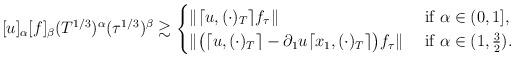
LaTeX: \begin{align*}[u]_\alpha [f]_\beta (T^{1/3})^{\alpha} (\tau^{1/3})^{\beta} \gtrsim\begin{cases} \|\lceil u, (\cdot)_T\rceil f_\tau\| &\textrm{ if } \alpha \in (0,1],\\\| \big( \lceil u, (\cdot)_T\rceil-\partial_1 u \lceil x_1, (\cdot)_T\rceil \big) f_\tau\| &\textrm{ if } \alpha \in (1, \frac32).\end{cases}\end{align*}